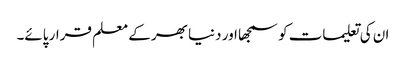
ان کی تعلیمات کو سمجھا اور دنیا بھر کے معلم قرار پائے۔